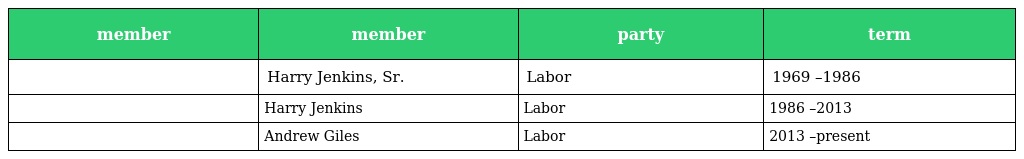
| member | member | party | term |
 | --- | --- | --- | --- |
 |  | Harry Jenkins, Sr. | Labor | 1969 –1986 |
 |  | Harry Jenkins | Labor | 1986 –2013 |
 |  | Andrew Giles | Labor | 2013 –present |